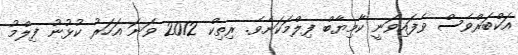
އަކްބަރްވެސް ވެފައިވަނީ ކާމިޔާބް ފިލްމަކަށެވެ. ރިތިކް 2012 ވަނަ އަހަރު ކުޅުނު ފިލްމު